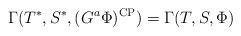
LaTeX: \begin{align*}\Gamma(T^*,S^*,(G^{a}\Phi)^{\rm CP}) = \Gamma(T,S,\Phi)\end{align*}